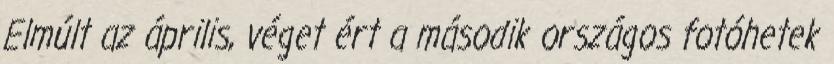
Elmúlt az április, véget ért a második országos fotóhetek